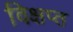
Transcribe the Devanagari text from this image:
विक्षप्त